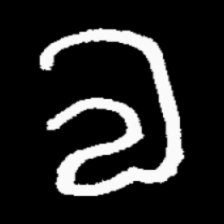
Pyu character \u2014 Myanmar letter: လ (romanized: la)